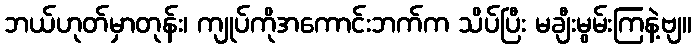
ဘယ်ဟုတ်မှာတုန်း၊ ကျုပ်ကိုအကောင်းဘက်က သိပ်ပြီး မချီးမွမ်းကြနဲ့ဗျ။